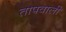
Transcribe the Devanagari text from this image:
तापवाली